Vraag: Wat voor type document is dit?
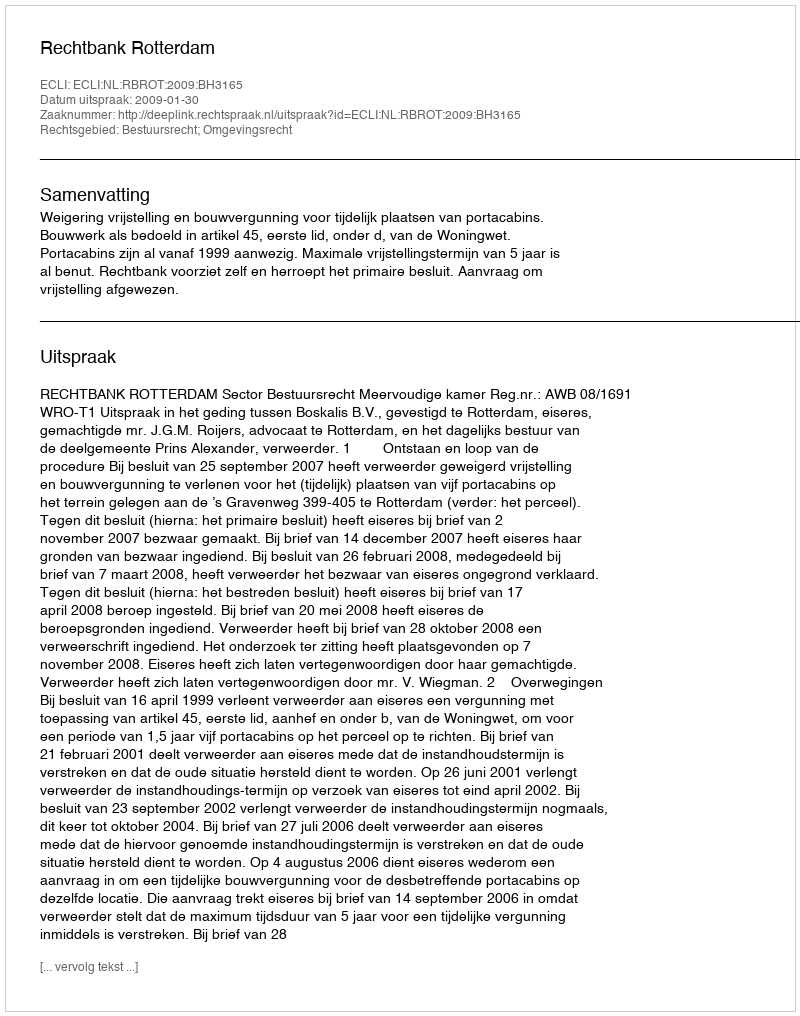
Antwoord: Uitspraak